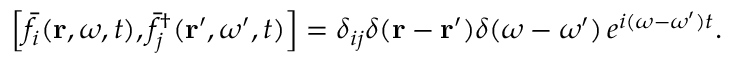
\left[ \bar { f } _ { i } ( \mathbf { r } , \omega , t ) , \bar { f } _ { j } ^ { \dagger } ( \mathbf { r } ^ { \prime } , \omega ^ { \prime } , t ) \right] = \delta _ { i j } \delta ( \mathbf { r } - \mathbf { r } ^ { \prime } ) \delta ( \omega - \omega ^ { \prime } ) \, e ^ { i ( \omega - \omega ^ { \prime } ) t } .